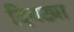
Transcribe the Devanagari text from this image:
दिवट्या